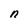
Character: n